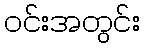
ဝင်းအတွင်း